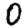
Digit: 0